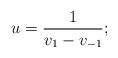
LaTeX: \begin{align*}u=\frac{1}{v_1-v_{-1}};\end{align*}